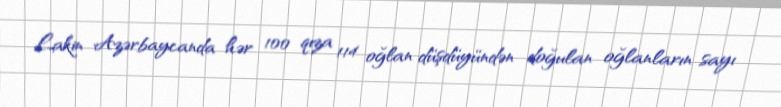
Lakin Azərbaycanda hər 100 qıza 114 oğlan düşdüyündən doğulan oğlanların sayı